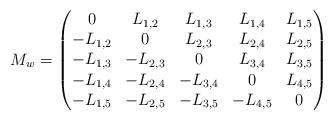
LaTeX: \begin{align*} M_{w} = \begin{pmatrix}0 & L_{1,2} & L_{1,3} & L_{1,4} & L_{1,5} \\-L_{1,2} & 0 & L_{2,3} & L_{2,4} & L_{2,5} \\-L_{1,3} & -L_{2,3} & 0 & L_{3,4} & L_{3,5}\\-L_{1,4} & -L_{2,4} & - L_{3,4} & 0 & L_{4,5}\\-L_{1,5} & -L_{2,5} & -L_{3,5} & - L_{4,5}& 0 \end{pmatrix}\end{align*}